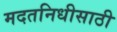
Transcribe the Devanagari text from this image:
मदतनिधीसाठी